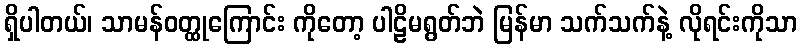
ရှိပါတယ်၊ သာမန်ဝတ္ထုကြောင်း ကိုတော့ ပါဠိမရွတ်ဘဲ မြန်မာ သက်သက်နဲ့ လိုရင်းကိုသာ